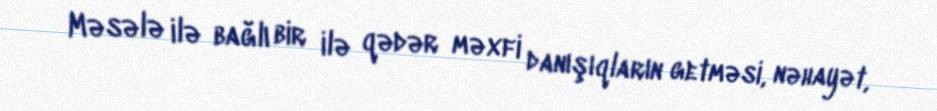
Məsələ ilə bağlı bir ilə qədər məxfi danışıqların getməsi, nəhayət,